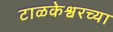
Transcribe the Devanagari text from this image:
टाळकेश्वरच्या